Indian journal of veterinary science and animal husbandry - Volume 11,
Year: 1941
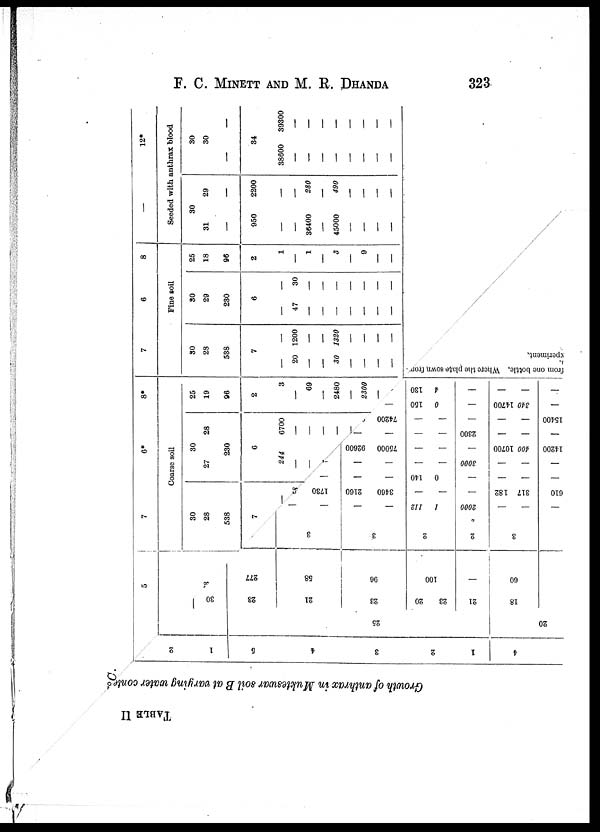
F. C. MINETT AND M. R. DHANDA
323
TABLE II